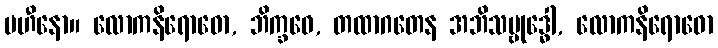
ပဟီနော။ လောကနိရောဓော, ဘိက္ခဝေ, တထာဂတေန အဘိသမ္ဗုဒ္ဓေါ, လောကနိရောဓော